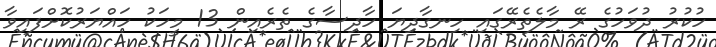
ހުކުރު ދުވަހުގެ ރޭ މާލެތެރޭގައި ހިނގާދިޔަ ހާދިސާގެ ތެރެއިން 13 މީހަކު ހައްޔަރުކޮށްފައިވާ